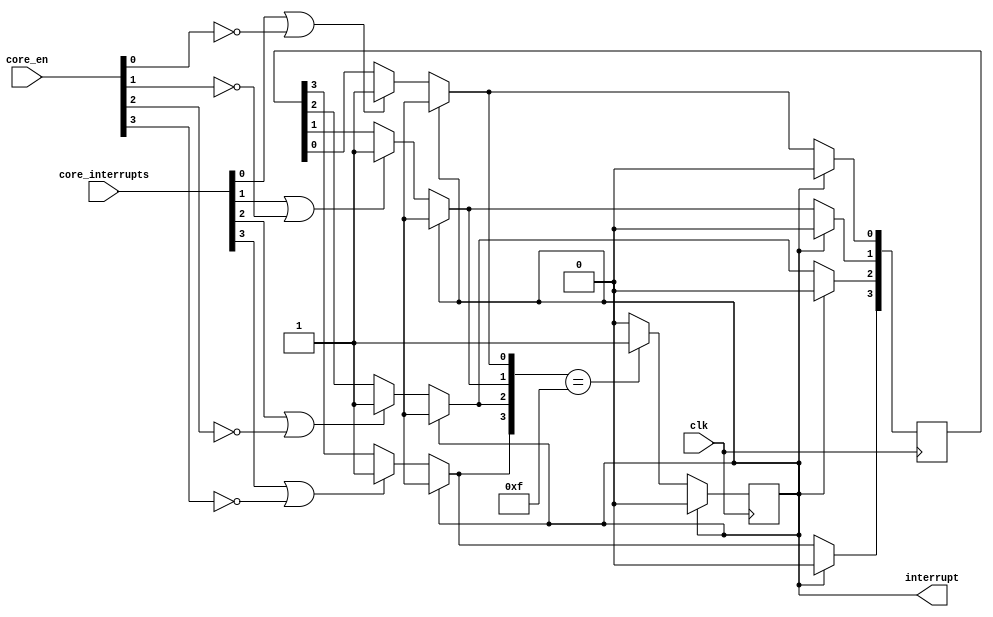
module interrupt_controller #(
 parameter
 CORE_NUM=4
)(
	input							clk,
	input [CORE_NUM-1: 0] 	core_interrupts,
	// input clear_interrupt,
	input [CORE_NUM-1: 0] core_en,
	output reg 					interrupt = 0
);

reg [CORE_NUM-1: 0] internal_interrupt = 4'b0000;

always @(negedge clk) begin

	if (interrupt) begin
		interrupt <= 1'b0;
		internal_interrupt = 4'b0000;
	end else begin
		
		if (core_interrupts[0] || !core_en[0]) begin
			internal_interrupt[0] = 1;
		end
		if (core_interrupts[1] || !core_en[1]) begin
			internal_interrupt[1] = 1;
		end
		if (core_interrupts[2] || !core_en[2]) begin
			internal_interrupt[2] = 1;
		end
		if (core_interrupts[3] || !core_en[3]) begin
			internal_interrupt[3] = 1;
		end
	
		if (internal_interrupt == 4'b1111) begin
			interrupt <= 1'b1;
		end
	
	end

end

endmodule